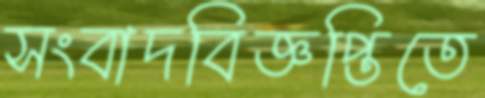
সংবাদবিজ্ঞপ্তিতে